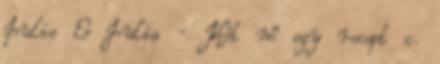
Julie & Julia - Két nő egy recept c.